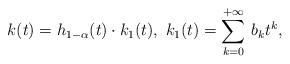
LaTeX: \begin{align*}k(t) = h_{1-\alpha}(t) \cdot k_1(t),\ k_1(t)=\sum_{k=0}^{+\infty}\, b_k t^k,\end{align*}